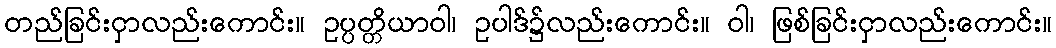
တည်ခြင်းငှာလည်းကောင်း။ ဥပ္ပတ္တိယာဝါ၊ ဥပါဒ်၌လည်းကောင်း။ ဝါ၊ ဖြစ်ခြင်းငှာလည်းကောင်း။